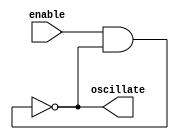
module enabled_ring_oscillator(
    input wire enable,
    output wire oscillate
);

    // Internal signals
    wire inv1_out, inv2_out, inv3_out;

    // NOT gate (inverter) instances
    not inv1 (inv1_out, enable & inv3_out);
    not inv2 (inv2_out, inv1_out);
    not inv3 (inv3_out, inv2_out);

    // Output signal
    assign oscillate = inv3_out;

endmodule